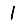
Digit: 1